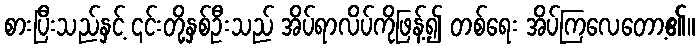
စားပြီးသည်နှင့် ၎င်းတို့နှစ်ဦးသည် အိပ်ရာလိပ်ကိုဖြန့်၍ တစ်ရေး အိပ်ကြလေတော့၏။